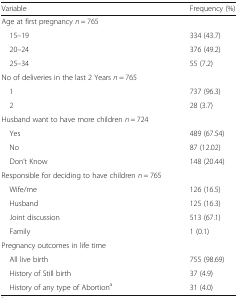
<table><thead><tr><td><b>Variable</b></td><td><b>Frequency (%)</b></td></tr></thead><tbody><tr><td colspan="2">Age at first pregnancy <i>n</i> = 765</td></tr><tr><td> 15–19</td><td>334 (43.7)</td></tr><tr><td> 20–24</td><td>376 (49.2)</td></tr><tr><td> 25–34</td><td>55 (7.2)</td></tr><tr><td colspan="2">No of deliveries in the last 2 Years <i>n</i> = 765</td></tr><tr><td> 1</td><td>737 (96.3)</td></tr><tr><td> 2</td><td>28 (3.7)</td></tr><tr><td colspan="2">Husband want to have more children <i>n</i> = 724</td></tr><tr><td> Yes</td><td>489 (67.54)</td></tr><tr><td> No</td><td>87 (12.02)</td></tr><tr><td> Don’t Know</td><td>148 (20.44)</td></tr><tr><td colspan="2">Responsible for deciding to have children <i>n</i> = 765</td></tr><tr><td> Wife/me</td><td>126 (16.5)</td></tr><tr><td> Husband</td><td>125 (16.3)</td></tr><tr><td> Joint discussion</td><td>513 (67.1)</td></tr><tr><td> Family</td><td>1 (0.1)</td></tr><tr><td colspan="2">Pregnancy outcomes in life time</td></tr><tr><td> All live birth</td><td>755 (98.69)</td></tr><tr><td> History of Still birth</td><td>37 (4.9)</td></tr><tr><td> History of any type of Abortion<sup>a</sup></td><td>31 (4.0)</td></tr></tbody></table>